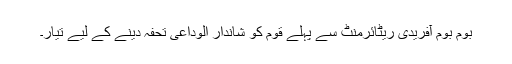
بوم بوم آفریدی ریٹائرمنٹ سے پہلے قوم کو شاندار الوداعی تحفہ دینے کے لیے تیار۔